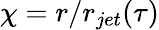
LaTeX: \chi=r/r_{jet}(\tau)